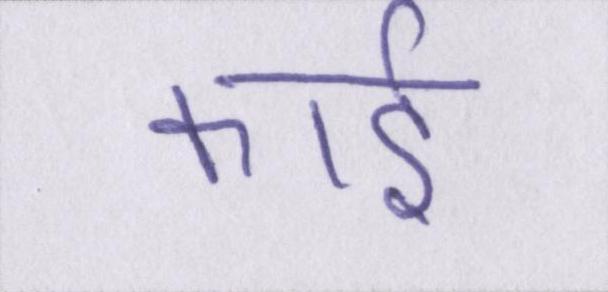
कार्ड